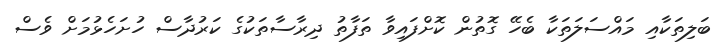
ބަލިތަކާއި މައްސަލަތަކާ ބެހޭ ގޮތުން ކޮށްފައިވާ ތަފާތު ދިރާސާތަކުގެ ކަރުދާސް ހުށަހެޅުމަށް ވެސް